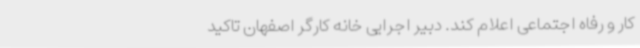
کار و رفاه اجتماعی اعلام کند. دبیر اجرایی خانه کارگر اصفهان تاکید